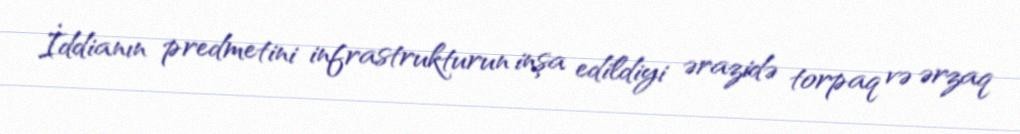
İddianın predmetini infrastrukturun inşa edildiyi ərazidə torpaq və ərzaq